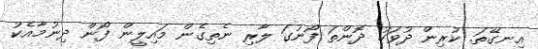
އިނގޭތަ. ކުރިން ދުވަހު ދޮންތަ ފޯނުގަ ލާރި ނެތިގެން މައިލީން ފޯން ދިނުމާއެކު